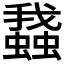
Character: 𧒎